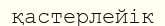
қастерлейік